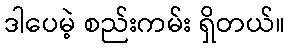
ဒါပေမဲ့ စည်းကမ်း ရှိတယ်။